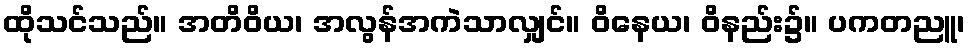
ထိုသင်သည်။ အတိဝိယ၊ အလွန်အကဲသာလျှင်။ ဝိနေယ၊ ဝိနည်း၌။ ပကတညူ၊